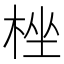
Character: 㭫